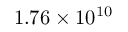
1 . 7 6 \times 1 0 ^ { 1 0 }